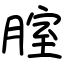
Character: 腟